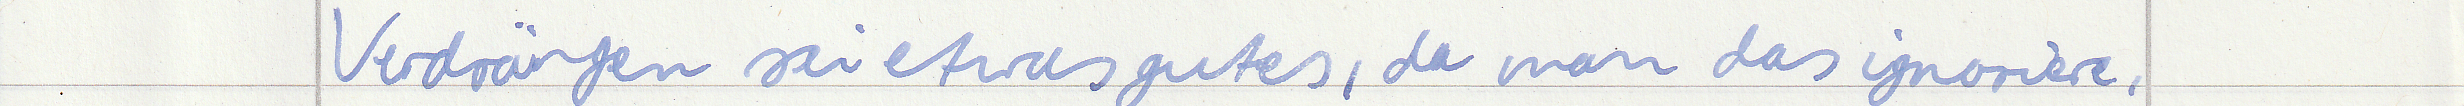
Verdrängen sei etwas gutes, da man das ignoriere,